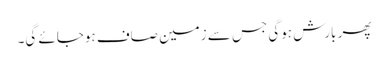
پھر بارش ہوگی جس سے زمین صاف ہوجائے گی۔